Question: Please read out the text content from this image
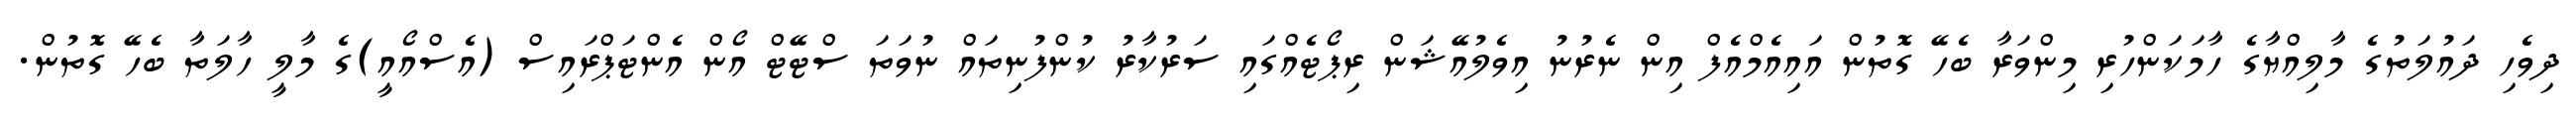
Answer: ދިވެހި ދައުލަތުގެ މާލިއްޔާގެ ހާމަކަންހުރި މިންވަރާ ބެހޭ ގޮތުން އައިއެމްއެފް އިން ނެރުނު އިވެލުއޭޝަން ރިޕޯޓެއްގައި ސަރުކާރު ކުންފުނިތައް ނުވަތަ ސްޓޭޓް އޯން އެންޓަޕްރައިސް (އެސްއޯއީ)ގެ މާލީ ހާލަތާ ބެހޭ ގޮތުން.